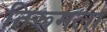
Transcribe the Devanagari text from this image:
तिरूमला